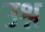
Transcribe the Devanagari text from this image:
उश्न